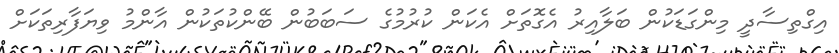
އިގްތިސާދީ މިންގަޑަކުން ބަލާއިރު އެގޮތަށް އެކަން ކުރުމުގެ ސަބަބުން ބޭންކުތަކުން އާންމު ވިޔަފާރިތަކަށް